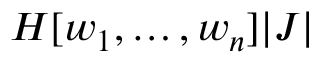
H [ w _ { 1 } , \dots , w _ { n } ] | J |